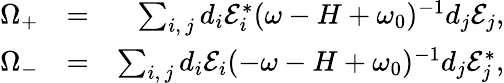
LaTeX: \begin{array}{rlr}{\Omega_{+}}&{=}&{\sum_{i,\, j}d_{i}\mathcal{E}_{i}^{\ast}(\omega-H+\omega_{0})^{-1}d_{j}\mathcal{E}_{j},}\\ {\Omega_{-}}&{=}&{\sum_{i,\, j}d_{i}\mathcal{E}_{i}(-\omega-H+\omega_{0})^{-1}d_{j}\mathcal{E}_{j}^{\ast},}\end{array}